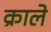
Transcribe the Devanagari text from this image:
क्राले